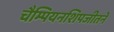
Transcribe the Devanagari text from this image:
चैम्पियनशिपजीतने